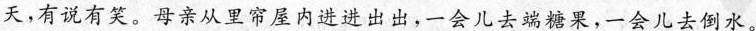
天,有说有笑。母亲从里帘屋内进进出出，一会儿去端糖果,一会儿去倒水。